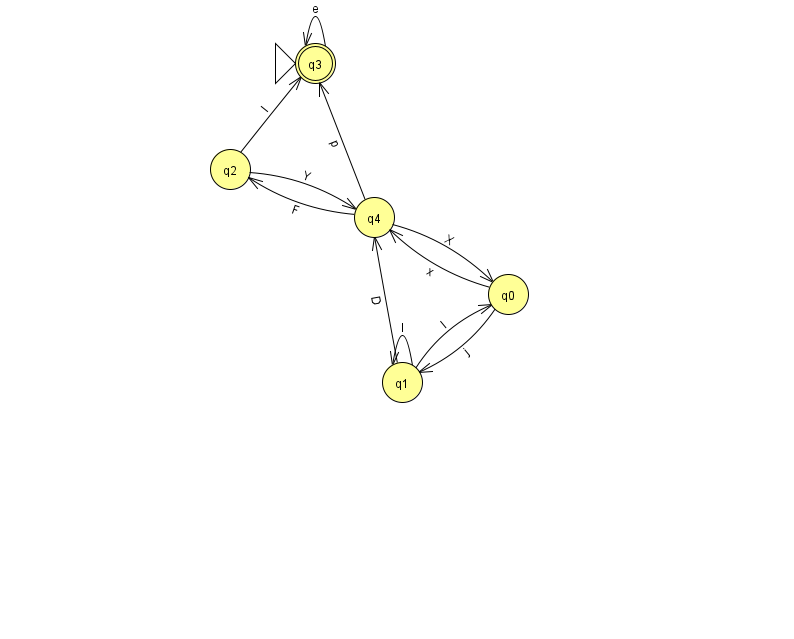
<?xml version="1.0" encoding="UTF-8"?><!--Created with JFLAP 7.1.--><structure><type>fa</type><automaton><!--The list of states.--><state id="0" name="q0"><x>508.0</x><y>281.0</y></state><state id="1" name="q1"><x>402.0</x><y>369.0</y></state><state id="2" name="q2"><x>230.0</x><y>156.0</y></state><state id="3" name="q3"><x>315.0</x><y>50.0</y><initial/><final/></state><state id="4" name="q4"><x>374.0</x><y>204.0</y></state><!--The list of transitions.--><transition><from>1</from><to>0</to><read>l</read></transition><transition><from>2</from><to>3</to><read>l</read></transition><transition><from>4</from><to>3</to><read>p</read></transition><transition><from>3</from><to>3</to><read>e</read></transition><transition><from>0</from><to>1</to><read>j</read></transition><transition><from>2</from><to>4</to><read>Y</read></transition><transition><from>4</from><to>2</to><read>F</read></transition><transition><from>1</from><to>1</to><read>I</read></transition><transition><from>0</from><to>4</to><read>x</read></transition><transition><from>1</from><to>4</to><read>D</read></transition><transition><from>4</from><to>0</to><read>X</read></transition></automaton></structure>